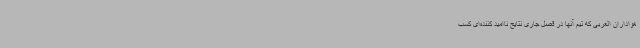
هواداران العربی که تیم آنها در فصل جاری نتایج ناامید کننده‌ای کسب